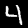
Label: 4